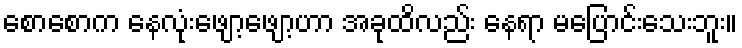
စောစောက နေလုံးဖျော့ဖျော့ဟာ အခုထိလည်း နေရာ မပြောင်းသေးဘူး။